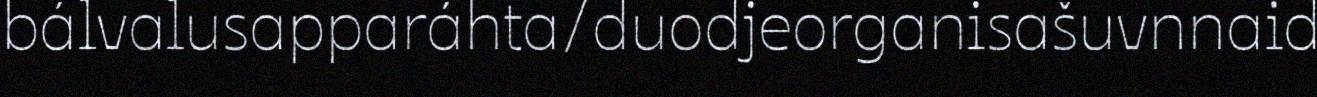
bálvalusapparáhta/duodjeorganisašuvnnaid